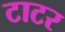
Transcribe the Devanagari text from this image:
टाटर